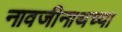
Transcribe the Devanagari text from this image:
नावजीनाथच्या